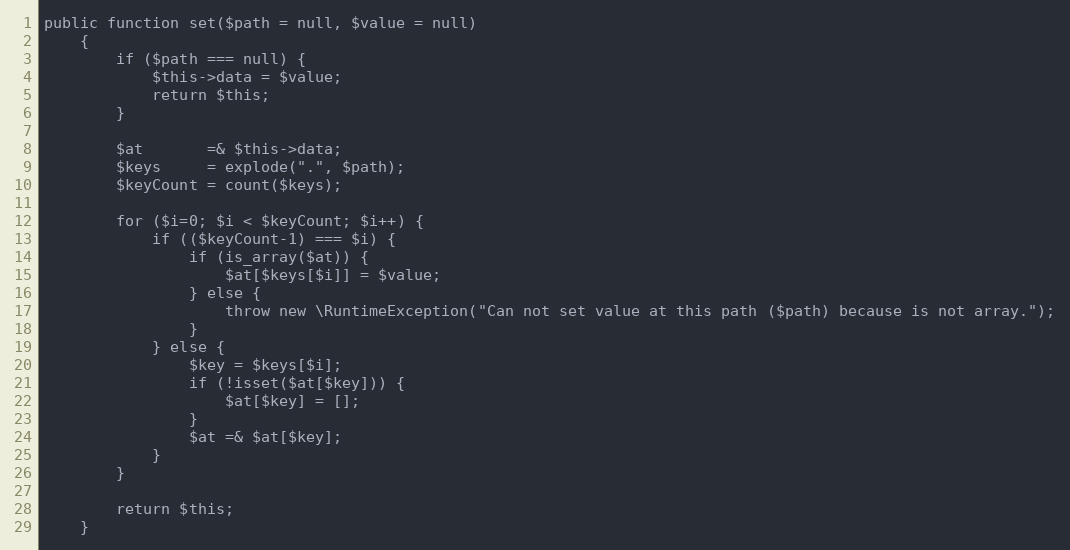
Language: PHP
public function set($path = null, $value = null)
	{
		if ($path === null) {
            $this->data = $value;
            return $this;
        }

        $at       =& $this->data;
        $keys     = explode(".", $path);
        $keyCount = count($keys);

        for ($i=0; $i < $keyCount; $i++) {
            if (($keyCount-1) === $i) {
                if (is_array($at)) {
                    $at[$keys[$i]] = $value;
                } else {
                    throw new \RuntimeException("Can not set value at this path ($path) because is not array.");
                }
            } else {
                $key = $keys[$i];
                if (!isset($at[$key])) {
                    $at[$key] = [];
                }
                $at =& $at[$key];
            }
        }

        return $this;
	}